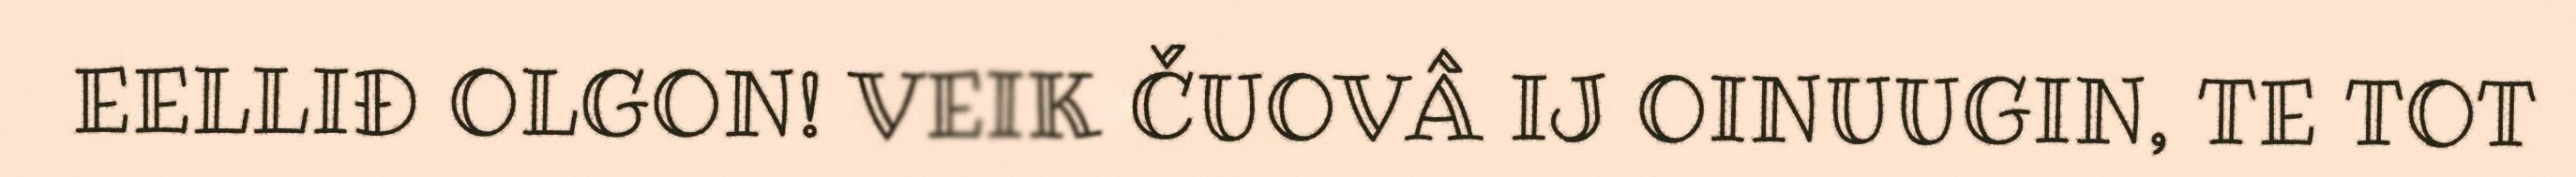
EELLIĐ OLGON! VEIK ČUOVÂ IJ OINUUGIN, TE TOT